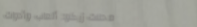
محلات زيكو: ألعاب وأدوات